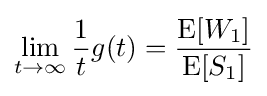
\lim _{t\to \infty }{\frac {1}{t}}g(t)={\frac {\operatorname {E} [W_{1}]}{\operatorname {E} [S_{1}]}}